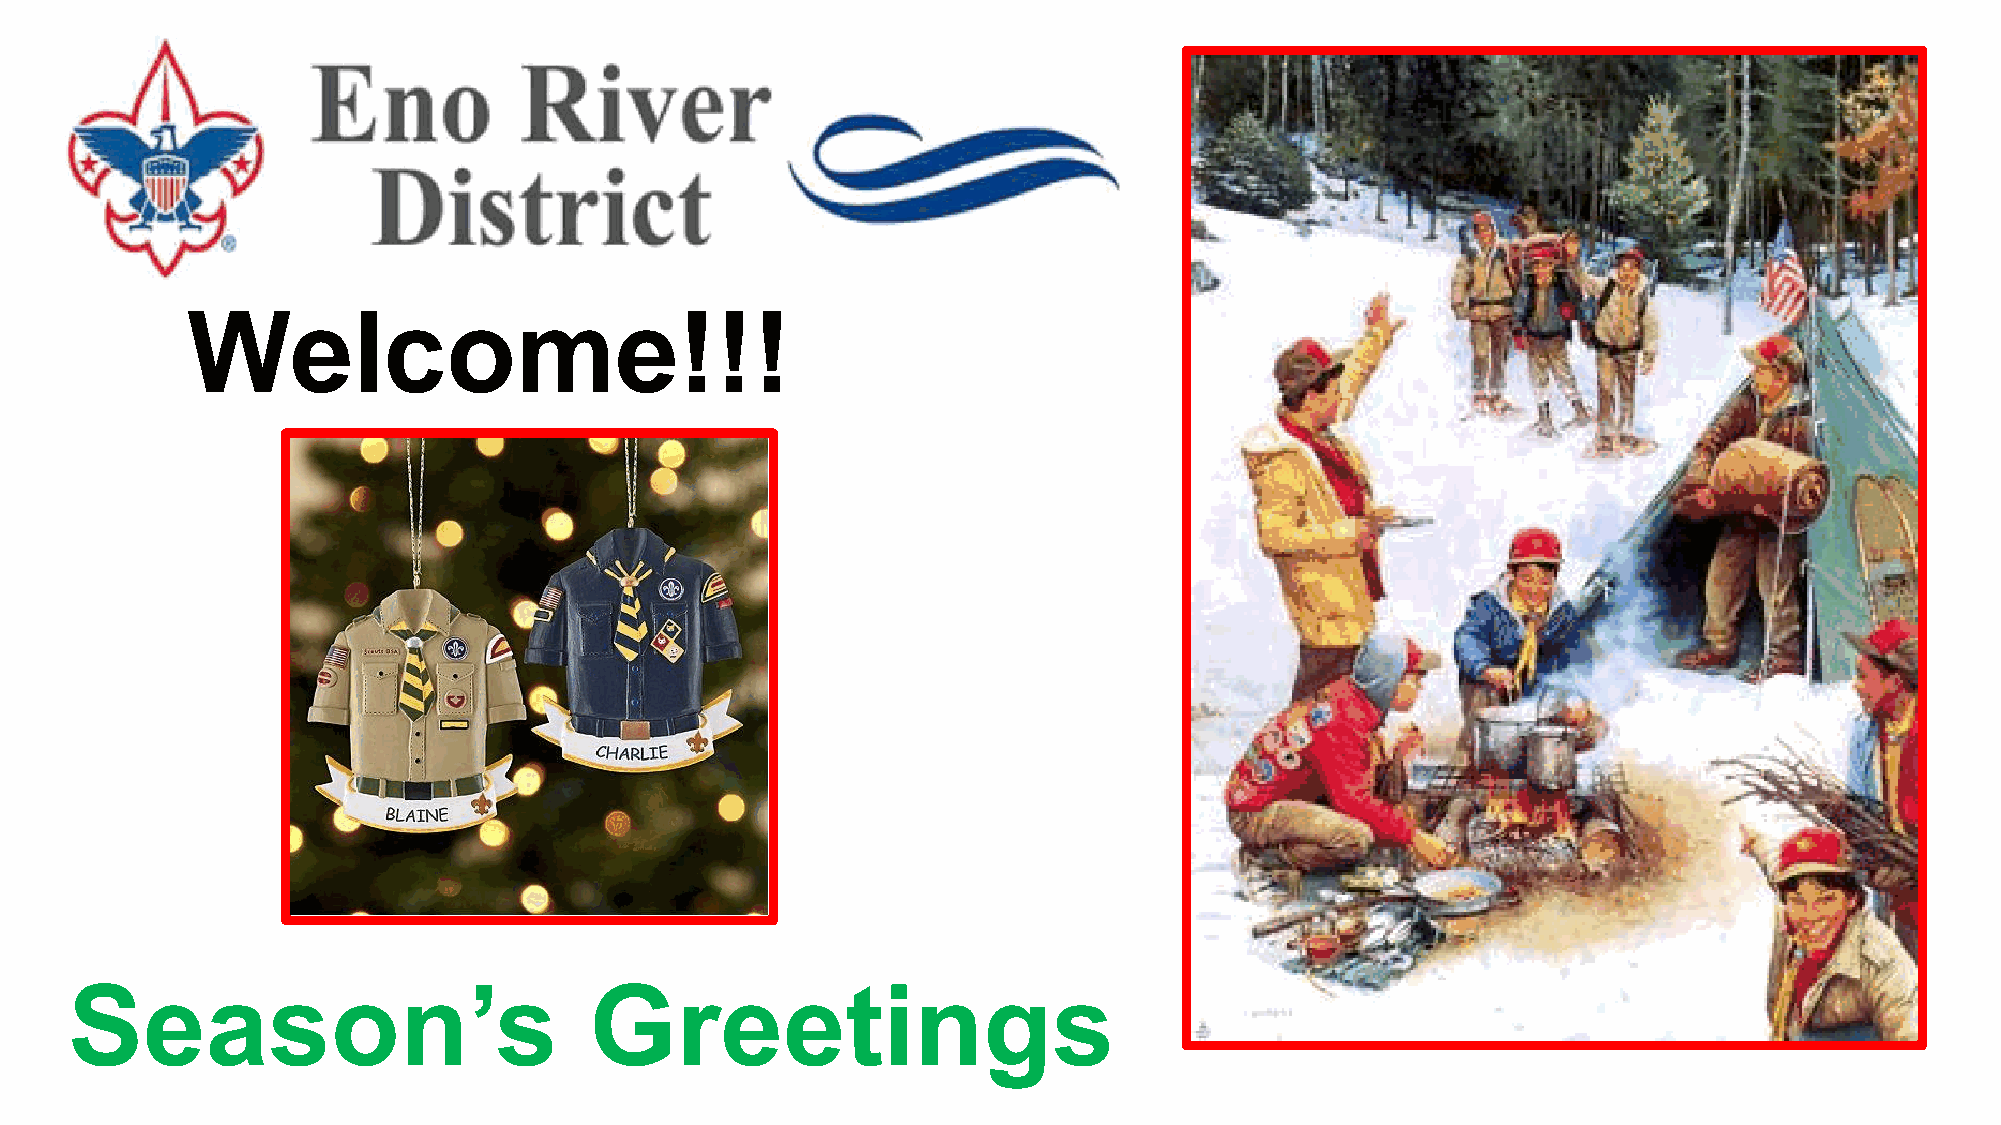
Welcome!!!
 Season’s                          Greetings